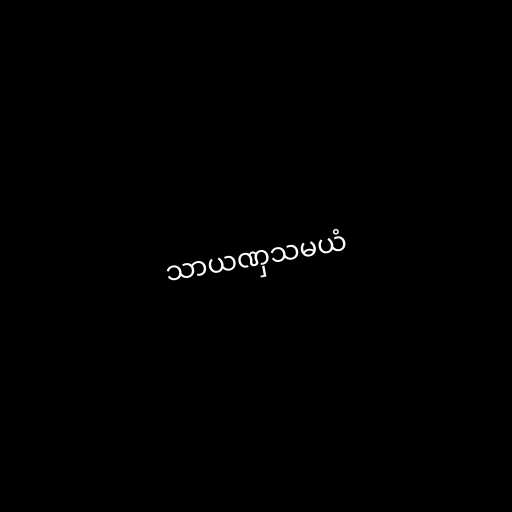
သာယဏှသမယံ